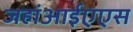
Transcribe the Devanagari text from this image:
जहांआईएएस